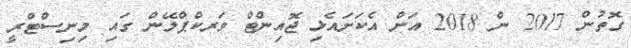
ގޮތުން 2017 ން 2018 އަށް އެކަށައެޅި ޖޮއިންޓް ވަރކްޕްލޭން ގައި މިނިސްޓްރީ